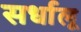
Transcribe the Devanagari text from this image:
सर्धालू